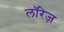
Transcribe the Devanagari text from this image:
लॉरेज़